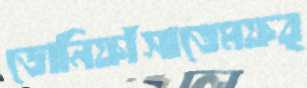
ডোনিফাঁসাতেমফর্